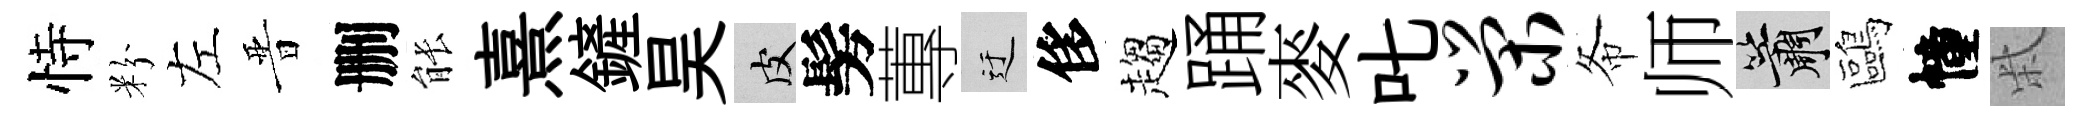
恃粉左晋删䏻熹鏟昊皮髣蓴迂侈趨踊麥叱荣𢁙师簫鷗幢柴